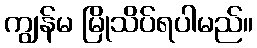
ကျွန်မ မြိုသိပ်ရပါမည်။